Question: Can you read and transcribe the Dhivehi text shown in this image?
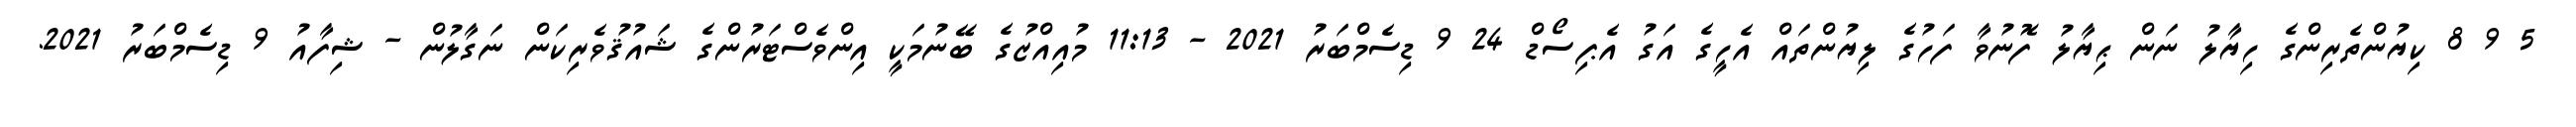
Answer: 5 9 8 ކިޔުންތެރިންގެ ހިޔާލު ނަން ޙިޔާލު ފޮނުވާ ފަހުގެ ލިޔުންތައް އެހީގެ އަގު އެޕިސޯޑް 24 9 ޑިސެމްބަރު 2021 - 11:13 މުއިއްޒުގެ ބޭނުމަކީ އިންވެސްޓަރުންގެ ޝައުޤުވެރިކަން ނަގާލުން - ޝިފާއު 9 ޑިސެމްބަރު 2021.